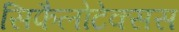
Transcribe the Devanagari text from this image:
सिफैलोटेक्सस